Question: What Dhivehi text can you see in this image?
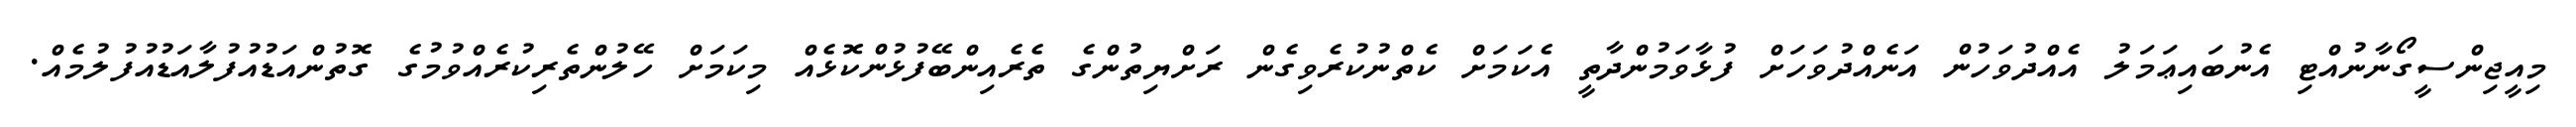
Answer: މިއީޖިންސީގޯނާނުއްޓި އެނުބައިޢަމަލު އެއްދުވަހުން އަނެއްދުވަހަށް ފުޅާވަމުންދާތީ އެކަމަށް ކެތްނުކުރެވިގެން ރަށްޔިތުންގެ ތެރެއިންބޭފުޅުންކޮޅެއް މިކަމަށް ހޭލުންތެރިކުރެއްވުމުގެ ގޮތުންއަޑުއުފުލާއަޑުއުފުލުމެއް.